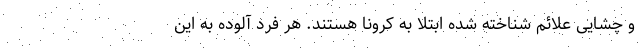
و چشایی علائم شناخته شده ابتلا به کرونا هستند. هر فرد آلوده به این